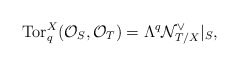
\begin{align*}\mbox{Tor}_q^X({\cal O}_S, {\cal O}_T) = \Lambda^q {\cal N}_{T/X}^{\vee}|_S,\end{align*}